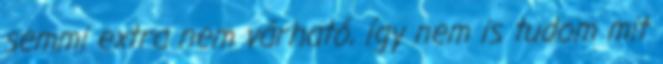
semmi extra nem várható, így nem is tudom mit